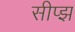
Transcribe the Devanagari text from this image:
सीप्झ